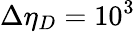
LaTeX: \Delta\eta_{D}=10^{3}